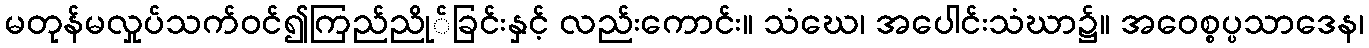
မတုန်မလှုပ်သက်ဝင်၍ကြည်ညို်ခြင်းနှင့် လည်းကောင်း။ သံဃေ၊ အပေါင်းသံဃာ၌။ အဝေစ္စပ္ပသာဒေန၊